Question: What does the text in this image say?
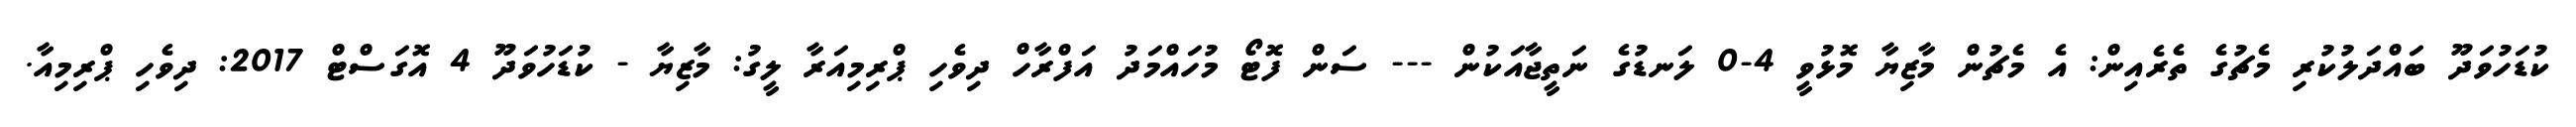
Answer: ކުޑަހުވަދޫ ބައްދަލުކުރި މެޗުގެ ތެރެއިން: އެ މެޗުން މާޒިޔާ މޮޅުވީ 4-0 ލަނޑުގެ ނަތީޖާއަކުން --- ސަން ފޮޓޯ މުހައްމަދު އަފްރާހް ދިވެހި ޕްރިމިއަރާ ލީގު: މާޒިޔާ - ކުޑަހުވަދޫ 4 އޮގަސްޓް 2017: ދިވެހި ޕްރިމިއާ.